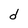
Character: O